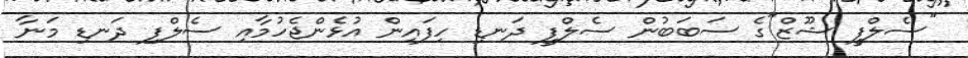
"ސެލްފީ ޝޫޒް"ގެ ސަބަބުން ސެލްފީ ދަނޑި ހިފައިން އުޅެންޖެހުމާއި ސެލްފި ދަނޑި މަނާ